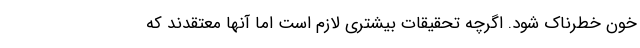
خون خطرناک شود. اگرچه تحقیقات بیشتری لازم است اما آنها معتقدند که